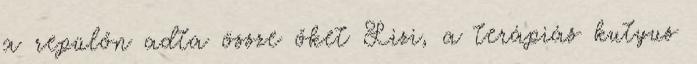
a repülőn adta össze őket Lizi, a terápiás kutyus